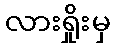
လားရှိုးမှ